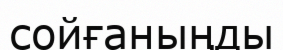
сойғаныңды